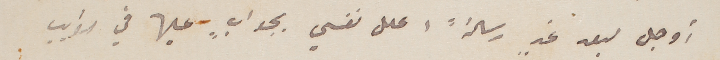
أوجل لبعد غدٍ رسالةً اعلل نفسي بجوابٍ عليها في القريب